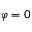
\varphi = 0